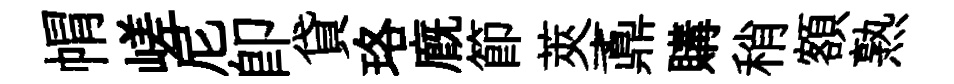
㡌嵯尼即貸珞廐節莢鼒購稍額熟